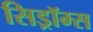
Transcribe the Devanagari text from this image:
सिड्रॉम्स